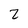
Character: Z